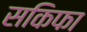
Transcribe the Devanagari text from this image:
सकिफा